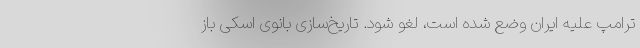
ترامپ علیه ایران وضع شده است، لغو شود. تاریخ‌سازی بانوی اسکی باز